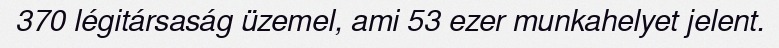
370 légitársaság üzemel, ami 53 ezer munkahelyet jelent.